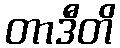
တာဒီတိ